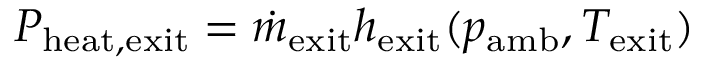
P _ { \mathrm { h e a t , e x i t } } = \dot { m } _ { \mathrm { e x i t } } h _ { \mathrm { e x i t } } ( p _ { \mathrm { a m b } } , T _ { \mathrm { e x i t } } )